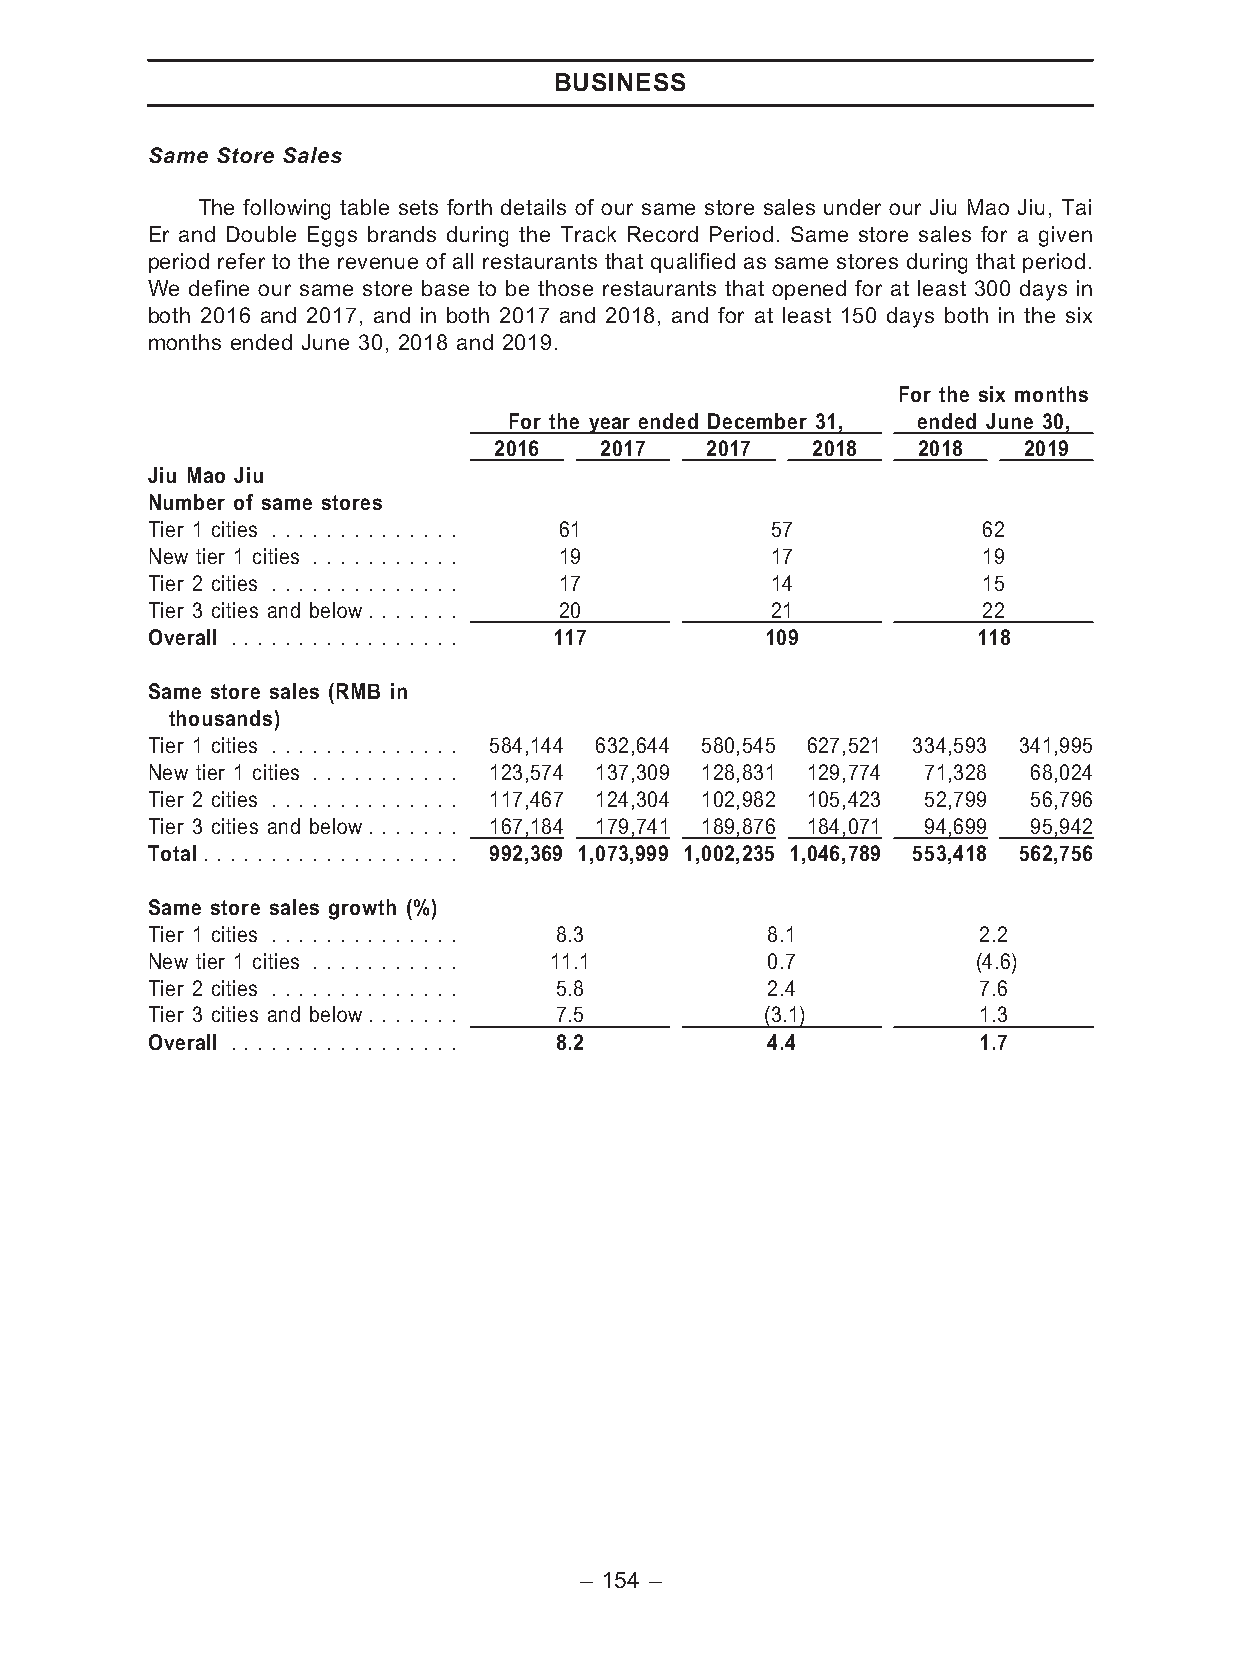
BUSINESS
 Same Store Sales
 The following table sets forth details of our same store sales under our Jiu Mao Jiu, Tai
 Er and Double Eggs brands during the Track Record Period. Same store sales for a given
 period refer to the revenue of all restaurants that qualified as same stores during that period.
 We define our same store base to be those restaurants that opened for at least 300 days in
 both 2016 and 2017, and in both 2017 and 2018, and for at least 150 days both in the six
 months ended June 30, 2018 and 2019.
 For the six months
 For the year ended December 31, ended June 30,
 2016   2017   2017   2018   2018   2019
 Jiu Mao Jiu
 Number of same stores
 Tier 1 cities . . . . . . . . . . . . . . 61 57        62
 New tier 1 cities . . . . . . . . . . . 19 17          19
 Tier 2 cities . . . . . . . . . . . . . . 17 14        15
 Tier 3 cities and below. . . . . . . 20  21            22
 Overall . . . . . . . . . . . . . . . . . 117 109      118
 Same store sales (RMB in
 thousands)
 Tier 1 cities . . . . . . . . . . . . . . 584,144 632,644 580,545 627,521 334,593 341,995
 New tier 1 cities . . . . . . . . . . . 123,574 137,309 128,831 129,774 71,328 68,024
 Tier 2 cities . . . . . . . . . . . . . . 117,467 124,304 102,982 105,423 52,799 56,796
 Tier 3 cities and below. . . . . . . 167,184 179,741 189,876 184,071 94,699 95,942
 Total. . . . . . . . . . . . . . . . . . . 992,369 1,073,999 1,002,235 1,046,789 553,418 562,756
 Same store sales growth (%)
 Tier 1 cities . . . . . . . . . . . . . . 8.3 8.1      2.2
 New tier 1 cities . . . . . . . . . . . 11.1 0.7       (4.6)
 Tier 2 cities . . . . . . . . . . . . . . 5.8 2.4      7.6
 Tier 3 cities and below. . . . . . . 7.5 (3.1)         1.3
 Overall . . . . . . . . . . . . . . . . . 8.2 4.4      1.7
 – 154 –